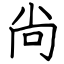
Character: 尙